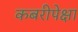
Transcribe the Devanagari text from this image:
कबरीपेक्षा